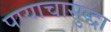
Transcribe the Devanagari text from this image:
पायाचासुद्धा